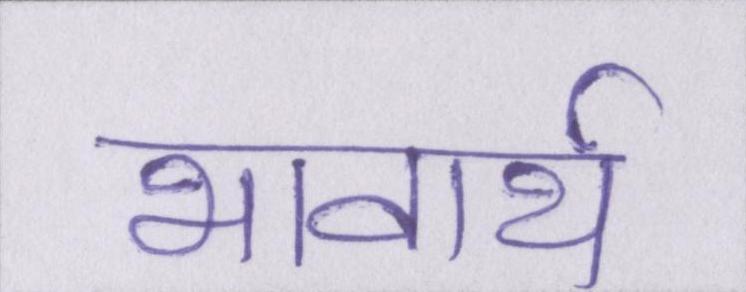
भावार्थ